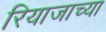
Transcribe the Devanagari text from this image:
रियाजाच्या